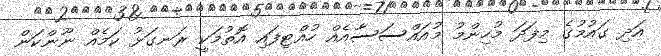
އަދި ގައުމުގެ މިފަދަ މުހިންމު މުއައްސަސާއެއް ހުއްޓިފައި އޮތުމަކީ ރަނގަޅު ކަމެއް ނޫންކަން